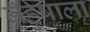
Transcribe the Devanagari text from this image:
नहुषाला